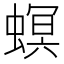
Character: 螟